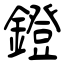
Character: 鐙